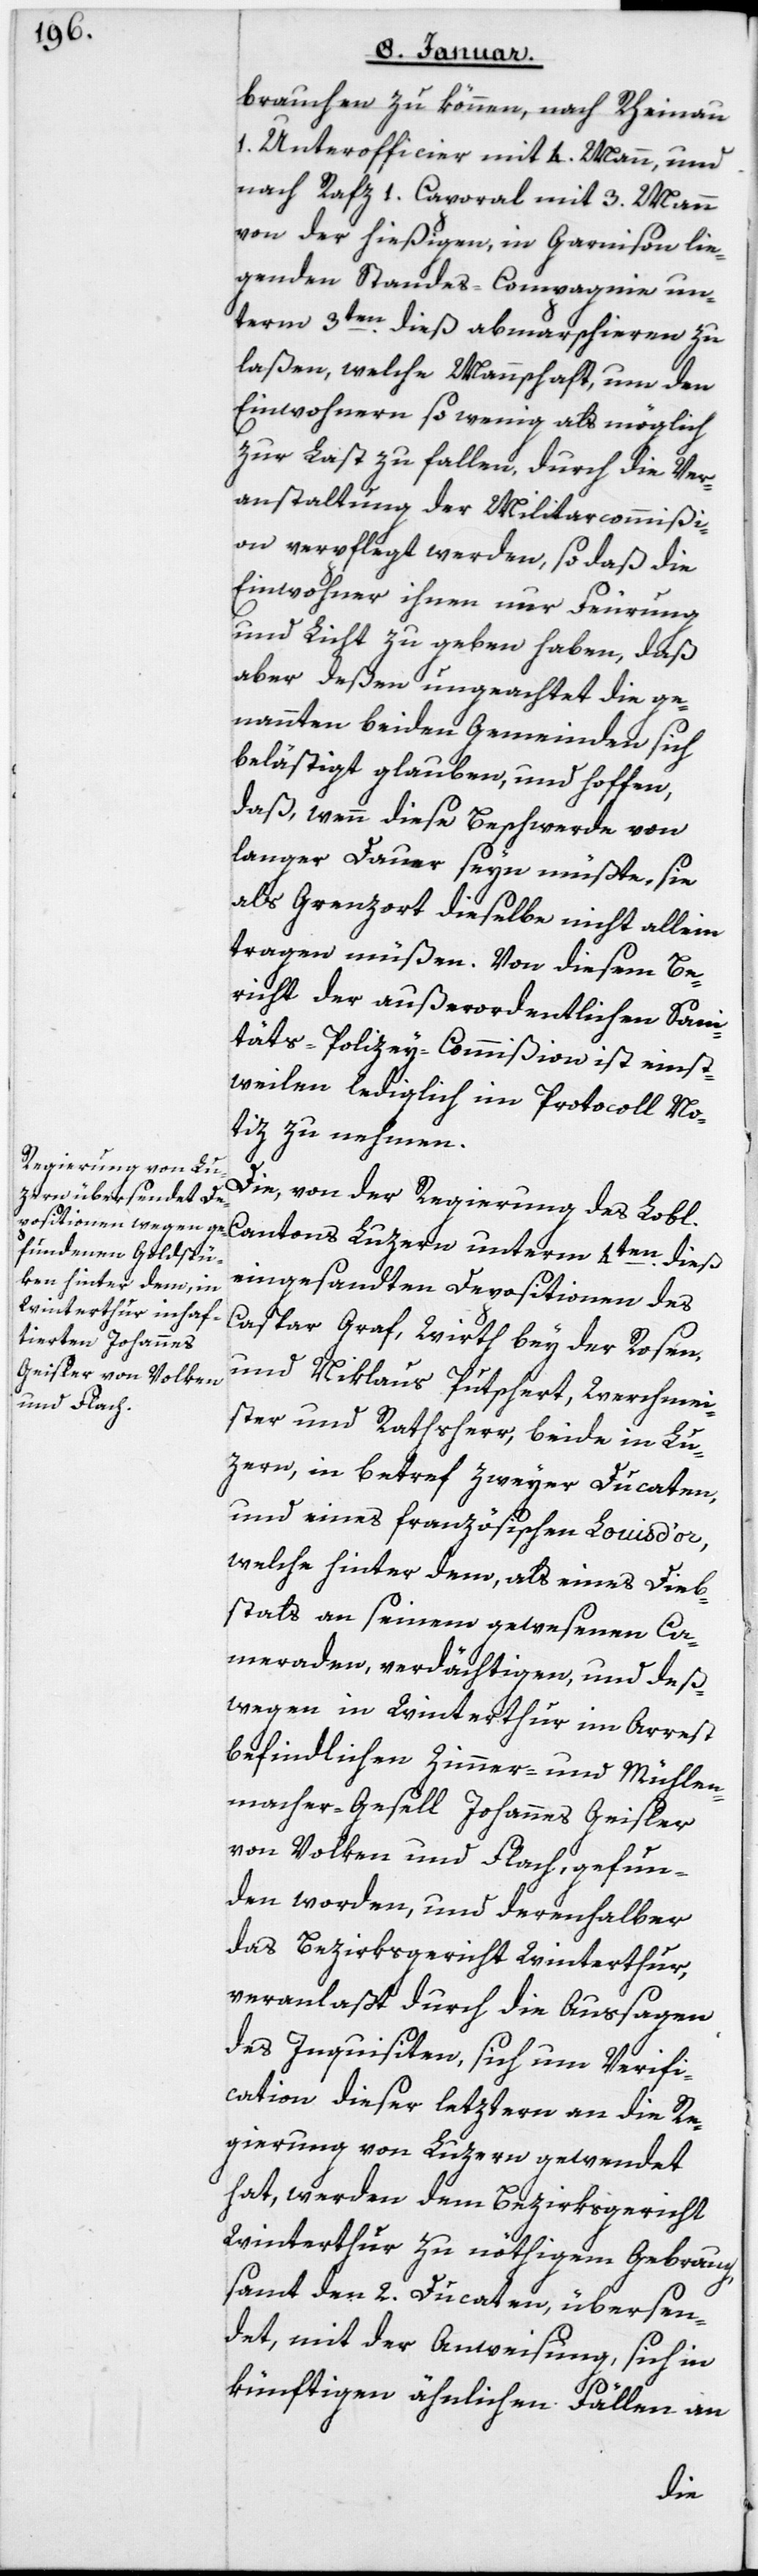
brauchen zu können, nach Rheinau
1 Unterofficier mit 4 Mann und
nach Rafz 1 Caporal mit 3 Mann
von der hießigen, in Garnison lie¬
genden Standes-Compagnie un¬
term 3ten dieß abmarschieren zu
laßen, welche Mannschaft, um den
Einwohnern so wenig als möglich
zur Last zu fallen, durch die Ver¬
anstaltung der Militarcommißi¬
on verpflegt werden, so daß die
Einwohner ihnen nur Feurung
und Licht zu geben haben, daß
aber deßen ungeachtet die ge¬
nannten beiden Gemeinden sich
belästigt glauben, und hoffen,
daß wenn diese Beschwerde von
langer Dauer seyn müßte, sie
als Grenzort dieselbe nicht allein
tragen müßen. Von diesem Be¬
richt der außerordentlichen Sani¬
täts-Polizey-Commißion ist einst¬
weilen lediglich im Protocoll No¬
tiz zu nehmen.
Die, von der Regierung des Lobl.
Cantons Luzern unterm 4ten dieß
eingesandten Depositionen des
Caspar Graf, Wirth bey der Rosen,
und Niklaus Putschert, Werchmei¬
ster und Rathsherr, beyde in Lu¬
zern, in Betref zweyer Ducaten
und eines französischen Louis d’or,
welche hinter dem, als eines Dieb¬
stals an seinem gewesenen Ca¬
meraden verdächtigen, und deß¬
wegen in Winterthur im Arrest
befindlichen Zimmer- und Mühlen¬
macher-Gesell Johannes Geisler
von Volken und Flach, gefun¬
den worden, und derenhalber
das Bezirksgericht Winterthur,
veranlaßt durch die Aussagen
des Inquisiten, sich um Verifi¬
cation dieser letztern an die Re¬
gierung von Luzern gewendet
hat, werden dem Bezirksgericht
Winterthur zu nöthigem Gebrauch,
samt den 2 Ducaten, übersen¬
det, mit der Anweisung, sich in
künftigen ähnlichen Fällen an